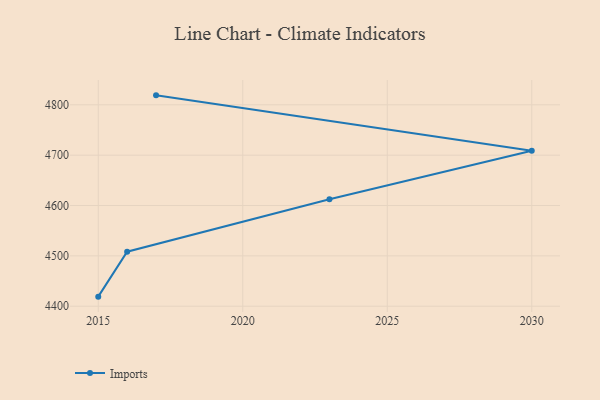
{"axis": {"x": "Year", "y": "Customer Acquisition Cost (USD)"}, "legend": ["Imports"], "data": [{"x": "2017", "y": 4818.8, "type": "Imports"}, {"x": "2030", "y": 4708.7, "type": "Imports"}, {"x": "2023", "y": 4612.5, "type": "Imports"}, {"x": "2016", "y": 4508.3, "type": "Imports"}, {"x": "2015", "y": 4419.0, "type": "Imports"}]}